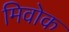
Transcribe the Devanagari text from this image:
मिवोक